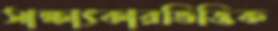
সাক্ষাৎকারভিত্তিক